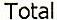
TOTAL